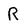
Character: R